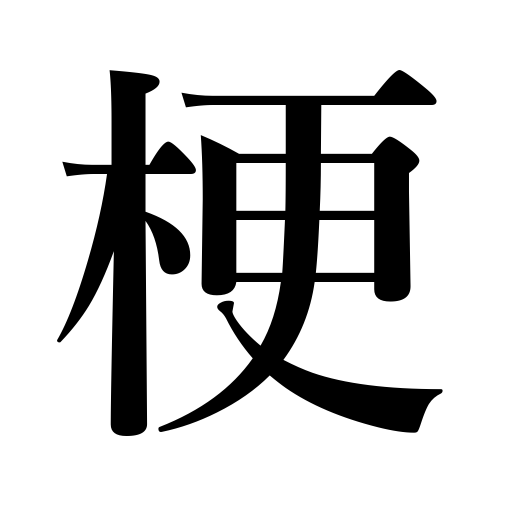
Meanings: close up,for the most part